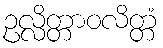
ဥလ္လိတ္တာဝလိတ္တံ